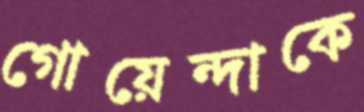
গোয়েন্দাকে